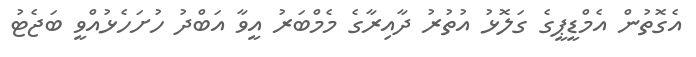
އެގޮތުން އެމްޑީޕީގެ ގަލޮޅު އުތުރު ދާއިރާގެ މެމްބަރު އީވާ އަބްދު ހުށަހެޅުއްވީ ބަޖެޓު